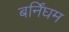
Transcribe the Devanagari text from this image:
बर्निंघम